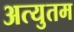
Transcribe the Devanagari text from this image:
अत्युतम